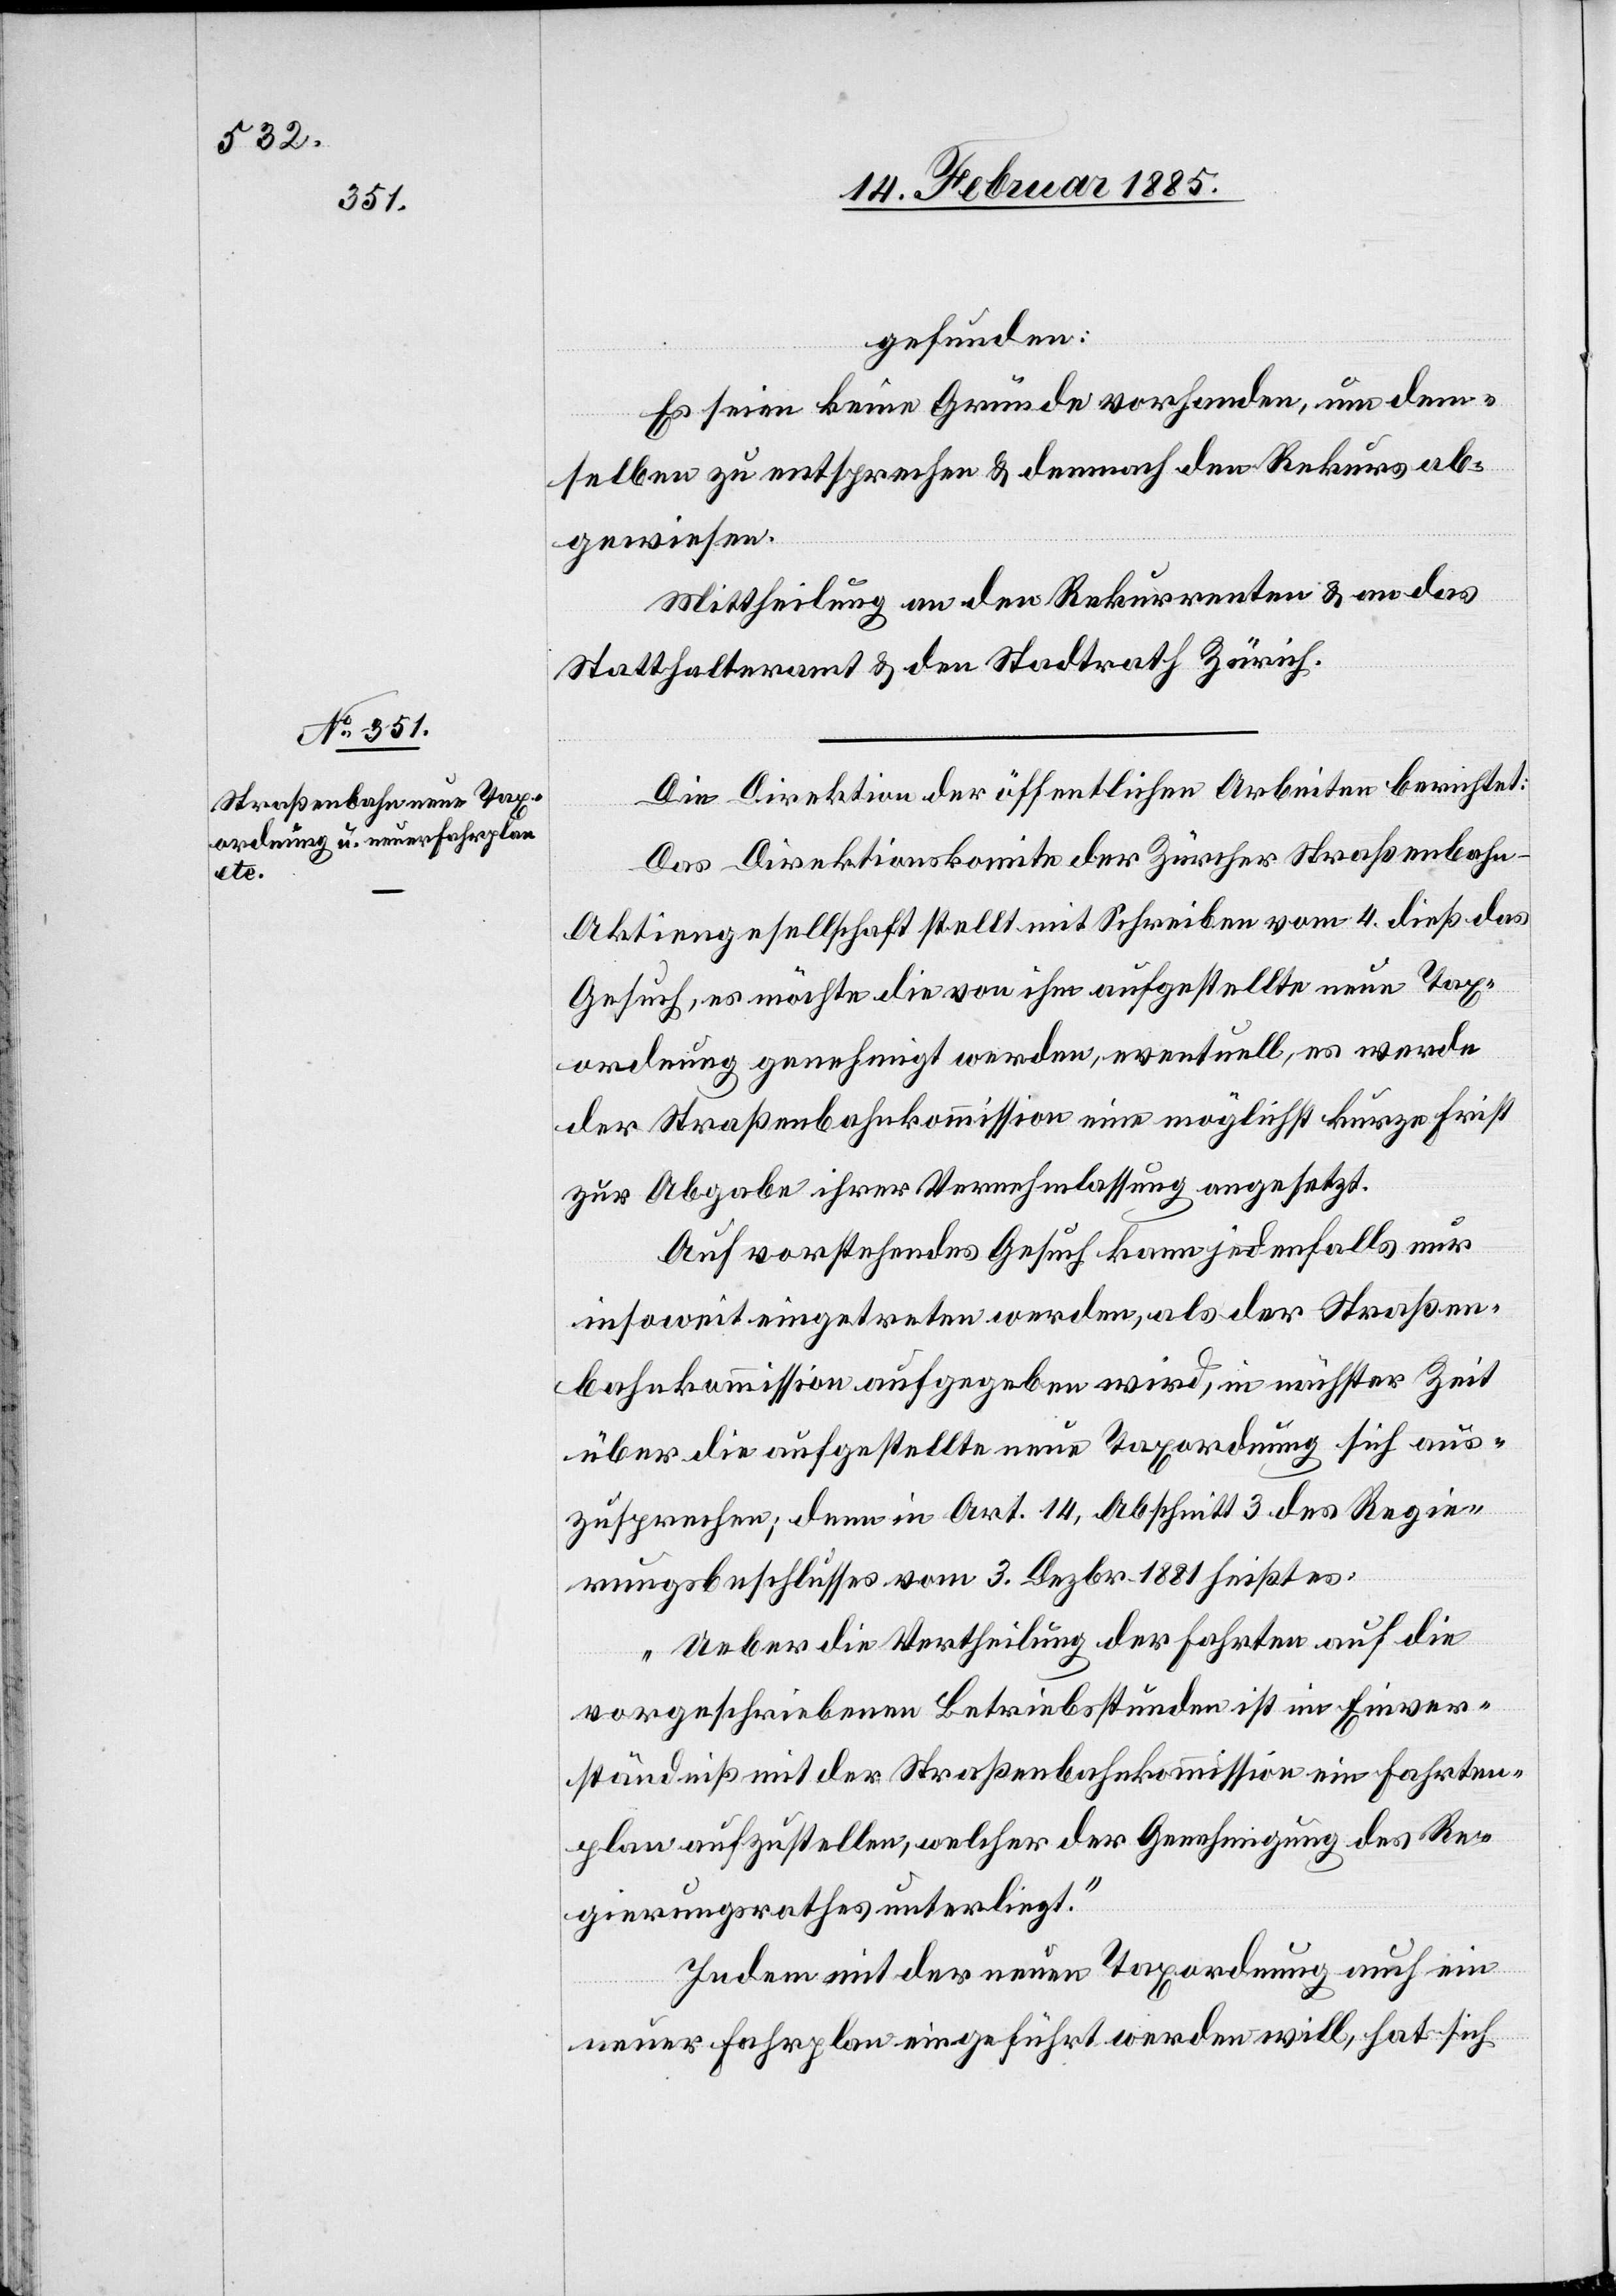
gefunden:
Es seien keine Gründe vorhanden, um dem¬
selben zu entsprechen & demnach den Rekurs ab¬
gewiesen.
Mittheilung an den Rekurrenten & an das
Statthalteramt & den Stadtrath Zürich.
Die Direktion der öffentlichen Arbeiten berichtet:
Das Direktionskomite der Zürcher Straßenbah¬
n-Aktiengesellschaft stellt mit Schreiben vom 4. dieß das
Gesuch, es möchte die von ihm aufgestellte neue Tax¬
ordnung genehmigt werden, eventuell, es werde
der Straßenbahnkommission eine möglichst kurze Frist
zur Abgabe ihrer Vernehmlassung angesetzt.
Auf vorstehendes Gesuch kann jedenfalls nur
insoweit eingetreten werden, als der Straßen¬
bahnkommission aufgegeben wird, in nächster Zeit
über die aufgestellte neue Taxordnung sich aus¬
zusprechen; denn in Art. 14, Abschnitt 3 des Regie¬
rungsbeschlusses vom 3. Dezbr. 1881 heißt es:
„Ueber die Vertheilung der Fahrten auf die
vorgeschriebenen Betriebsstunden ist im Einver¬
ständnis mit der Straßenbahnkommission ein Fahrten¬
plan aufzustellen, welcher der Genehmigung des Re¬
gierungsrathes unterliegt.“
Indem mit der neuen Taxordnung auch ein
neuer Fahrplan eingeführt werden will, hat sich